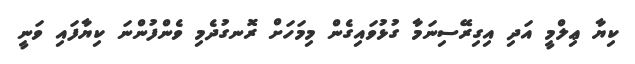
ކިޔާ ޢިލްމީ އަދި އިގިރޭސިނަމާ ގުޅުވައިގެން މިމަހަށް ރޮނގުދެމި ވެންފުންނަ ކިޔާފައި ވަނީ